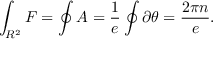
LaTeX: \int _ { R ^ { 2 } } { F } = \oint { A } = \frac { 1 } { e } \oint \partial \theta = \frac { 2 \pi n } { e } .